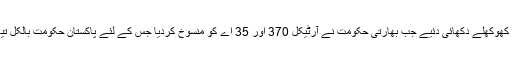
اور تمام دعوے تب کھوکھلے دکھائی دئیے جب بھارتی حکومت نے آرٹیکل 370 اور 35 اے کو منسوخ کردیا جس کے لئے پاکستان حکومت بالکل تیار دکھائی نہیں دی۔